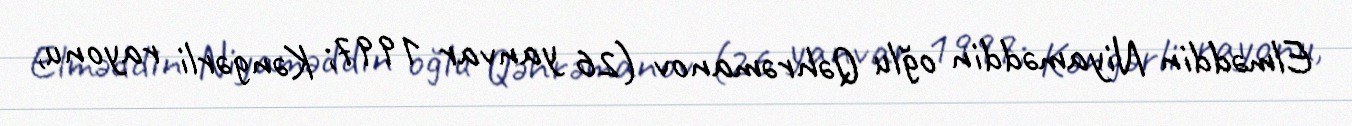
Elməddin Niyaməddin oğlu Qəhrəmanov (26 yanvar 1997; Kəngərli rayonu,